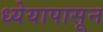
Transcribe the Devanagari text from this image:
ध्येयापासून